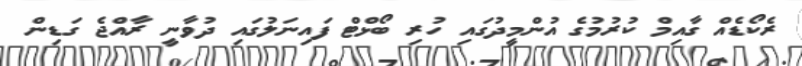
ރެކޯޑެއް ގާއިމް ކުރުމުގެ އުންމީދުގައި ހުރި ބޯޅްޓް ފައިނަލުގައި ދުވާނީ ރާއްޖެ ގަޑިން